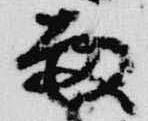
雨